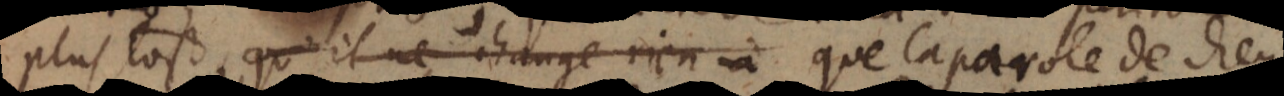
plustost qu’il ne change rien à que la parole de Dieu